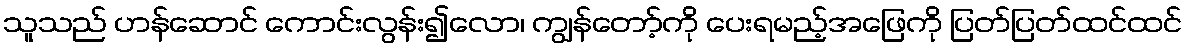
သူသည် ဟန်ဆောင် ကောင်းလွန်း၍လော၊ ကျွန်တော့်ကို ပေးရမည့်အဖြေကို ပြတ်ပြတ်ထင်ထင်